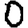
Digit: 0